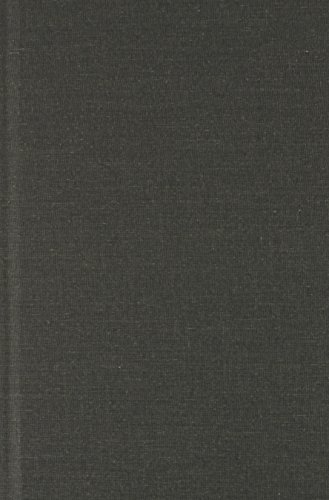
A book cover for Karma (Dimensions of Asian Spirituality); Johannes Bronkhorst; Religion & Spirituality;